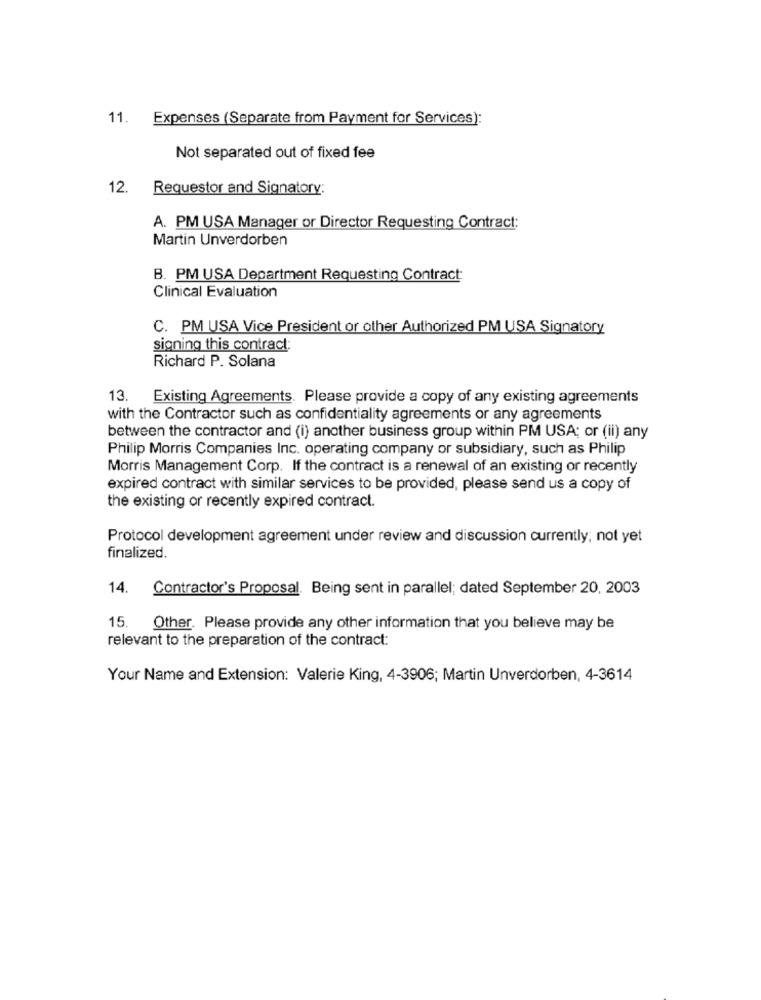
11. Expenses (Separate from Payment for Services):
Not separated out of fixed fee
12. Requestor and Signatory:
A. PM USA Manager or Director Requesting Contract:
Martin Unverdorben
B. PM USA Department Requesting Contract:
Clinical Evaluation
C. PM USA Vice President or other Authorized PM USA Signatory
signing this contract:
Richard P. Solana
13.
Existing Agreements. Please provide a copy of any existing agreements
with the Contractor such as confidentiality agreements or any agreements
between the contractor and (i) another business group within PM USA; or (ii) any
Philip Morris Companies Inc. operating company or subsidiary, such as Philip
Morris Management Corp. If the contract is a renewal of an existing or recently
expired contract with similar services to be provided, please send us a copy of
the existing or recently expired contract.
Protocol development agreement under review and discussion currently; not yet
finalized.
14. Contractor's Proposal. Being sent in parallel; dated September 20, 2003
15.
Other. Please provide any other information that you believe may be
relevant to the preparation of the contract:
Your Name and Extension: Valerie King, 4-3906; Martin Unverdorben, 4-3614